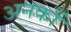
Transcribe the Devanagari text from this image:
अनकों